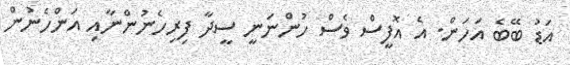
އަޑު ބޭބެ އަހަން. އެ އޮފީސް ވެސް ހުންނަނީ ސީދާ ފިރިހެނުންނާއި އަންހެނުން